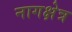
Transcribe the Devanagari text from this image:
नागक्षेत्र